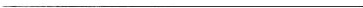
___